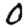
Digit: 0